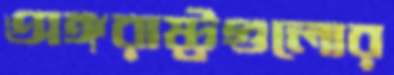
অঙ্গরাষ্ট্রগুলোর